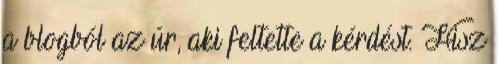
a blogból az úr, aki feltette a kérdést. Hisz